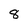
Character: 8